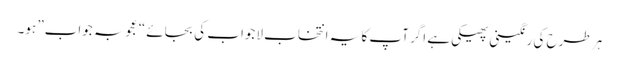
ہر طرح کی رنگینی پھیکی ہے اگر آپ کا یہ انتخاب لاجواب کی بجائے “عجوبہ جواب” ہو۔